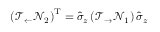
\left( \mathcal { T } _ { \leftarrow } \mathcal { N } _ { 2 } \right) ^ { \mathrm { T } } = \hat { \sigma } _ { z } \left( \mathcal { T } _ { \rightarrow } \mathcal { N } _ { 1 } \right) \hat { \sigma } _ { z }